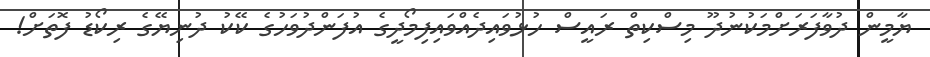
ޔާމީން ދުވާފަރަށްމަކުނުދޫ މިސްކިތް ރައީސް ހުޅުވައިދެއްވައިފިމޯދީގެ އުފަންދުވަހުގެ ކޭކު ދުނިޔޭގެ ރިކޯޑު ފޮތަށް!